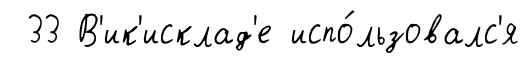
33 В'ик'исклад'е испо́льзовалс'я